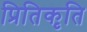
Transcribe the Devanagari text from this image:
प्रितिकृति